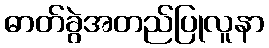
ဓာတ်ခွဲအတည်ပြုလူနာ